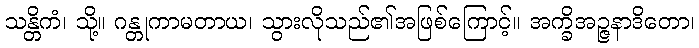
သန္တိကံ၊ သို့။ ဂန္တုကာမတာယ၊ သွားလိုသည်၏အဖြစ်ကြောင့်။ အက္ခိအဉ္ဇနာဒိတော၊